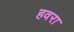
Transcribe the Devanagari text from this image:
हवरा